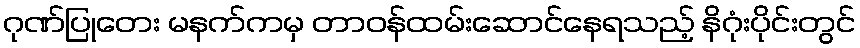
ဂုဏ်ပြုတေး မနက်ကမှ တာဝန်ထမ်းဆောင်နေရသည့် နိဂုံးပိုင်းတွင်